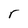
Character: r